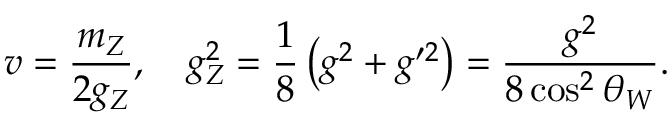
v = \frac { m _ { Z } } { 2 g _ { Z } } , \quad g _ { Z } ^ { 2 } = \frac { 1 } { 8 } \left( g ^ { 2 } + g ^ { \prime 2 } \right) = \frac { g ^ { 2 } } { 8 \cos ^ { 2 } \theta _ { W } } .